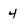
Character: 4